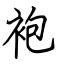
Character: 袍